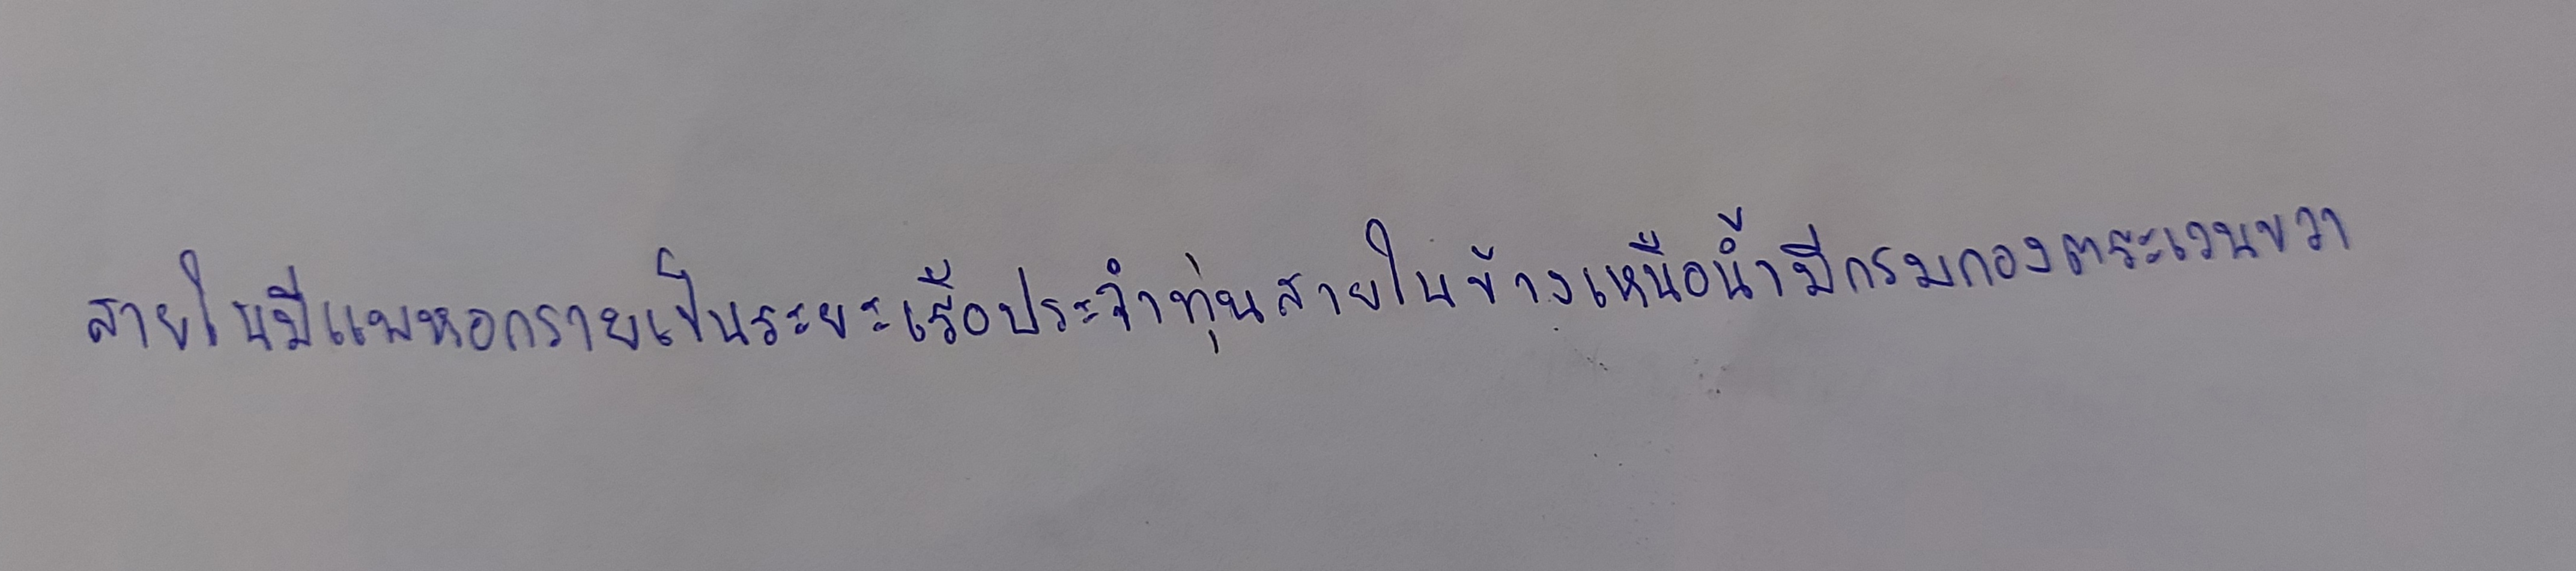
สายในมีแพหอกรายเป็นระยะเรือประจำทุ่นสายในข้างเหนือน้ำมีกรมกองตระเวนขวา